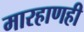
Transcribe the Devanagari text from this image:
मारहाणही